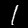
Label: 1